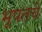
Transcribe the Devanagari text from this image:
भूपतचे